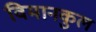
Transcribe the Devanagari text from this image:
विमानकुल